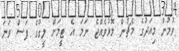
ވުމުން މިއަދުގެ މެޗުން މޮޅުވެއްޖެ ނަމަ އެ ޓީމަށް ލީގުގެ ފަސް ވަނަ